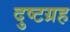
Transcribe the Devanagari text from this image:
दुष्टग्रह